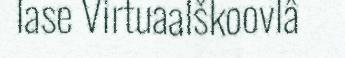
lase Virtuaalškoovlâ